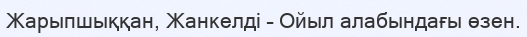
Жарыпшыққан, Жанкелді – Ойыл алабындағы өзен.